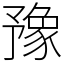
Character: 豫